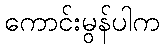
ကောင်းမွန်ပါက